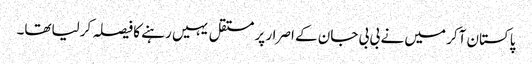
پاکستان آکر میں نے بی بی جان کے اصرار پر مستقل یہیں رہنے کا فیصلہ کرلیاتھا۔